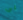
بي